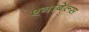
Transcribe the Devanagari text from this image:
एनाबेल्स